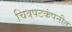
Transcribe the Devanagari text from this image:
चित्रपटकंपनीत